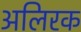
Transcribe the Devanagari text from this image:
अलिरक